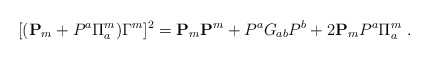
\begin{align*}[({\bf P}_{m} + P^a \Pi _a ^m) \Gamma^m]^2 = {\bf P}_{m} {\bf P}^{m} +P^{a}G_{ab}P^{b} + 2 {\bf P}_{m} P^a \Pi _a ^m \ .\end{align*}